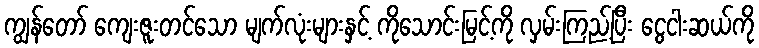
ကျွန်တော် ကျေးဇူးတင်သော မျက်လုံးများနှင့် ကိုသောင်းမြင့်ကို လှမ်းကြည့်ပြီး ငွေငါးဆယ်ကို